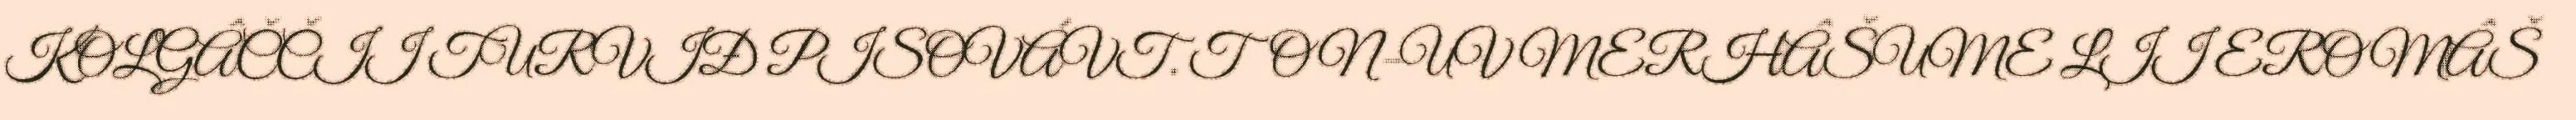
KOLGÂČČII TURVIĐ PISOVÁVT. TON-UV MERHÂŠUME LII EROMÂŠ